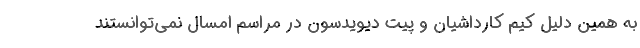
به همین دلیل کیم کارداشیان و پیت دیویدسون در مراسم امسال نمی‌توانستند